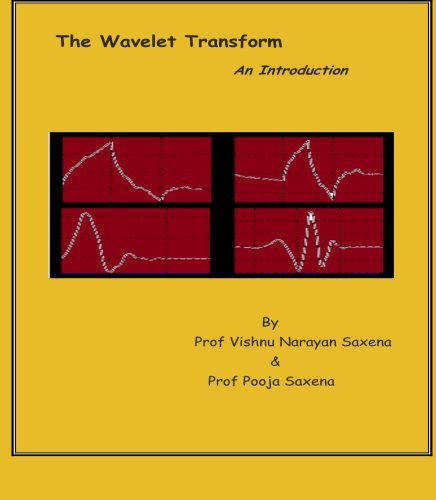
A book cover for The Wavelet Transform; Prof Vishnu Narayan Saxena; Science & Math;